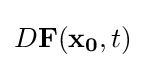
D\mathbf {F} (\mathbf {x_{0}} ,t)